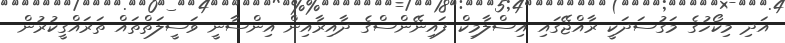
އަދި މިކޯހުގެ މަގުސަދަކީ ރާއްޖޭގައި އިސްލާމިކް ފައިނޭންސްގެ ދާއިރާއިން އިންސާނީ ވަސީލަތްތައް ތަރައްގީކުރުން